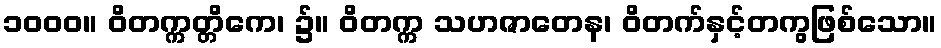
၁၀၀၀။ ဝိတက္ကတ္တိကေ၊ ၌။ ဝိတက္က သဟဇာတေန၊ ဝိတက်နှင့်တကွဖြစ်သော။